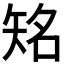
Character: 𥏍